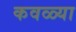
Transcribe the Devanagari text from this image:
कवळ्या